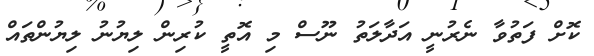
ކޮށް ފަތުވާ ނެރުނީ އަދާލަތު ނޫސް މި އޮތީ ކުރިން ލިޔުނު ލިޔުންތައް